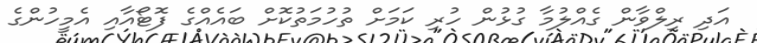
އަދި ރިލްވާން ގެއްލުމާ ގުޅުން ހުރި ކަމަށް ތުހުމަތުކޮށް ބައެއްގެ ފޮޓޯއާއި އެމީހުންގެ